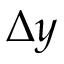
\Delta y